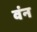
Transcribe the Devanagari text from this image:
वंन